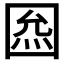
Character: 𡇺